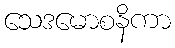
သေဒမောစနိကာ